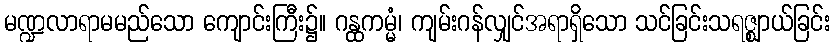
မဏ္ဍလာရာမမည်သော ကျောင်းကြီး၌။ ဂန္ထကမ္မံ၊ ကျမ်းဂန်လျှင်အရာရှိသော သင်ခြင်းသရဇ္ဈာယ်ခြင်း